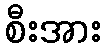
စီးအား